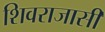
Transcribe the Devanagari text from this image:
शिवराजासी